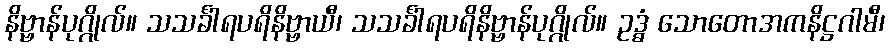
နိဗ္ဗာန်ပုဂ္ဂိုလ်။ သသင်္ခါရပရိနိဗ္ဗာယီ၊ သသင်္ခါရပရိနိဗ္ဗာန်ပုဂ္ဂိုလ်။ ဥဒ္ဓံ သောတောအကနိဋ္ဌဂါမီ၊